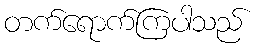
တက်ရောက်ကြပါသည်